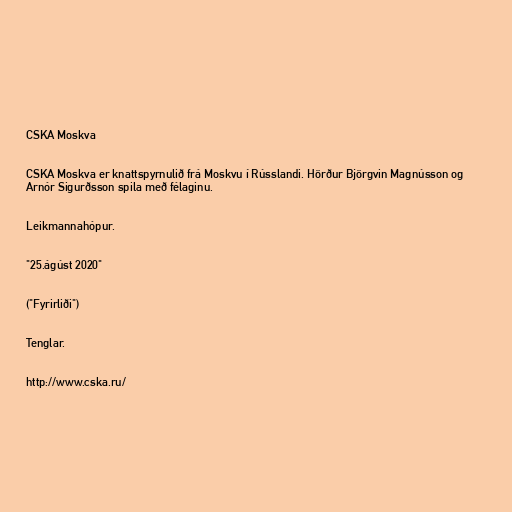
CSKA Moskva

CSKA Moskva er knattspyrnulið frá Moskvu í Rússlandi. Hörður Björgvin Magnússon og
Arnór Sigurðsson spila með félaginu.

Leikmannahópur.

"25.ágúst 2020"

("Fyrirliði")

Tenglar.

http://www.cska.ru/